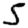
Digit: 5